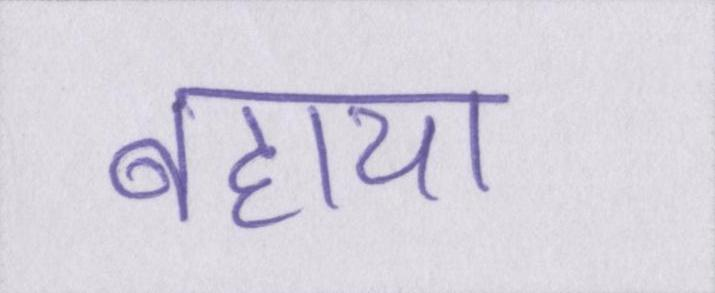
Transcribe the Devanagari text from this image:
बहाया